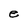
Character: e